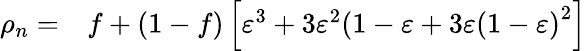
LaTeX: \begin{array}{rl}{\rho_{n}=}&{{}f+\left(1-f\right)\left[\varepsilon^{3}+3\varepsilon^{2}(1-\varepsilon+3\varepsilon\left(1-\varepsilon\right)^{2}\right]}\end{array}